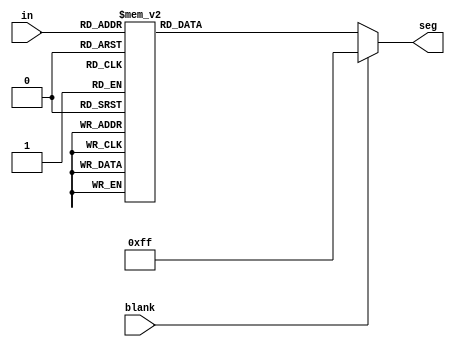
module seghex(
		input [3:0] in,
		input blank,
		output reg [7:0] seg
		);

		always @(*) begin
			if(blank) seg = ~8'b00000000;
			else
					case (in)
						4'h0:seg = ~8'b11111100;
						4'h1:seg = ~8'b01100000;
						4'h2:seg = ~8'b11011010;
						4'h3:seg = ~8'b11110010;
						4'h4:seg = ~8'b01100110;
						4'h5:seg = ~8'b10110110;
						4'h6:seg = ~8'b10111110;
						4'h7:seg = ~8'b11100000;
						4'h8:seg = ~8'b11111110;
						4'h9:seg = ~8'b11110110;
						4'ha:seg = ~8'b11101110;
						4'hb:seg = ~8'b00111110;
						4'hc:seg = ~8'b10011100;
						4'hd:seg = ~8'b01111010;
						4'he:seg = ~8'b10011110;
						4'hf:seg = ~8'b10001110;
					endcase
		end

endmodule